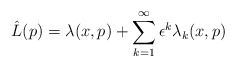
\begin{align*}\hat{L}(p) = \lambda(x, p) + \sum_{k=1}^{\infty} \epsilon^k \lambda_k(x, p)\end{align*}